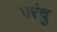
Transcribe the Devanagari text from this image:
परंचु